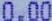
0.00